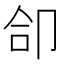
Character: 𪠁